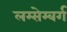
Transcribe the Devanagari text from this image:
लम्सेम्बर्ग